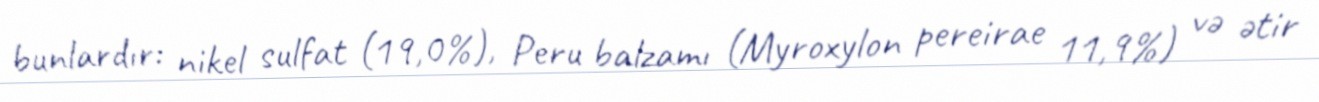
bunlardır: nikel sulfat (19,0%), Peru balzamı (Myroxylon pereirae 11,9%) və ətir